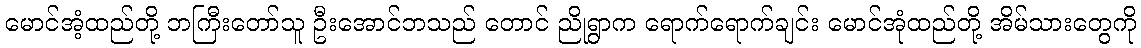
မောင်အံ့ထည်တို့ ဘကြီးတော်သူ ဦးအောင်ဘသည် တောင် ညိုရွာက ရောက်ရောက်ချင်း မောင်အုံထည်တို့ အိမ်သားတွေကို